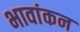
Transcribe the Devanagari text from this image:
भावांकन